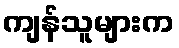
ကျန်သူများက